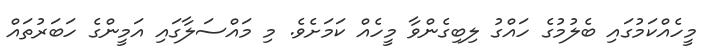
މީހެއްކަމުގައި ބެލުމުގެ ހައްގު ލިބިގެންވާ މީހެއް ކަމަށެވެ. މި މައްސަލާގައި އަމީންގެ ހަބަރުތައް